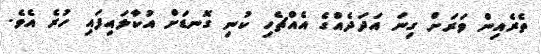
ތެރެެއިިން ވަރަށް ގިނަ އަދަަދެއްގެ އެއްްޗެހި ކުނި ގޮނޑަށް އުކާލަައިފައި ހުރެ އެވެ.